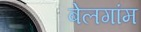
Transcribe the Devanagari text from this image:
बेलगांम